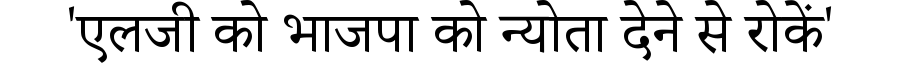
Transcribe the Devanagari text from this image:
'एलजी को भाजपा को न्योता देने से रोकें'